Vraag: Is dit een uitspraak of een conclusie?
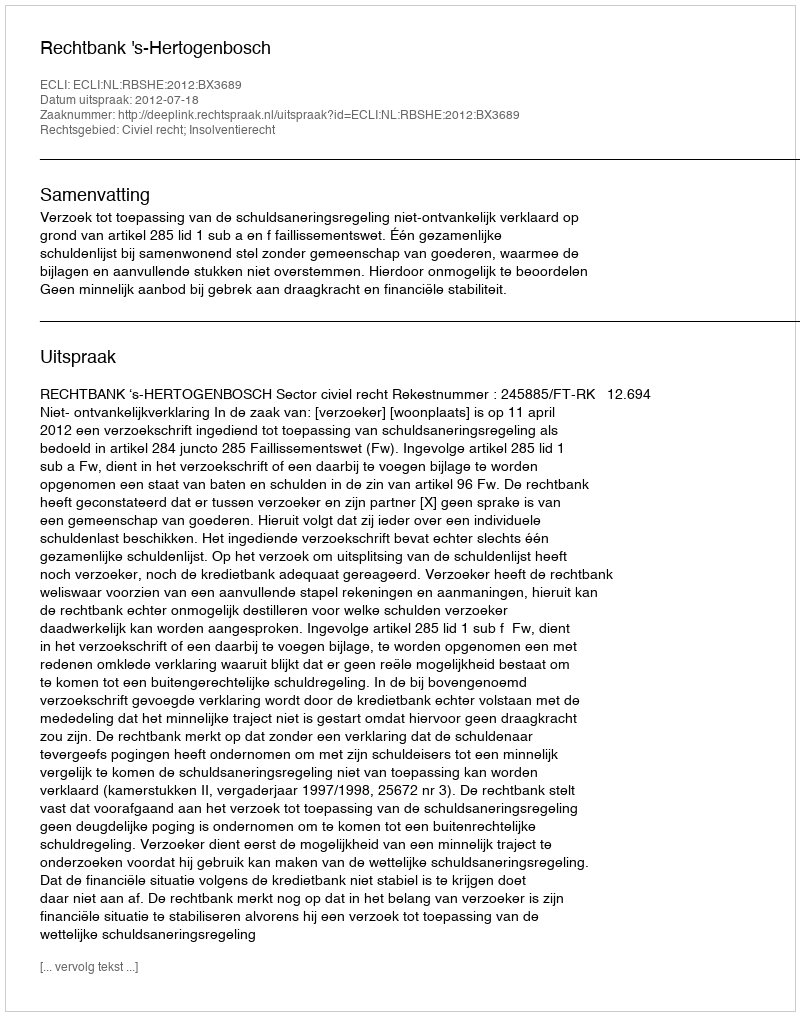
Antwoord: Uitspraak